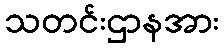
သတင်းဌာနအား